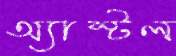
অ্যাস্টল